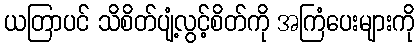
ယတြာပင် သိစိတ်ပျံ့လွင့်စိတ်ကို အကြံပေးများကို